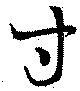
寸